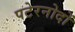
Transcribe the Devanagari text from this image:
पटेरनोदों